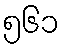
၅၆၁